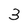
Character: 3